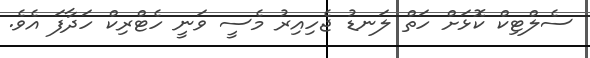
ސެލްޓިކް ކޮޅަށް ހަތް ލަނޑު ޖެހިއިރު މެސީ ވަނީ ހެޓްރިކް ހަދާފަ އެވެ.